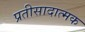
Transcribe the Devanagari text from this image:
प्रतीसादात्मक